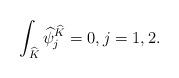
LaTeX: \begin{align*}\int_{\widehat{K}}\widehat{\psi}_j^{\widehat{K}}=0,j=1,2.\end{align*}